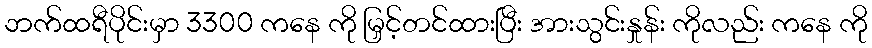
ဘက်ထရီပိုင်းမှာ 3300 ကနေ ကို မြှင့်တင်ထားပြီး အားသွင်းနှုန်း ကိုလည်း ကနေ ကို